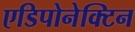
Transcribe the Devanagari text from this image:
एडिपोनेक्टिन